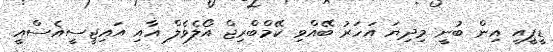
ޑީޕީއީ އިން ބުނީ މިދިޔަ އަހަރު ބޭއްވި ކޭމްބްރިޖް އޯލެވެލް އާއި އައިޖީސީއެސްއީ